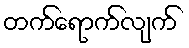
တက်ရောက်လျက်